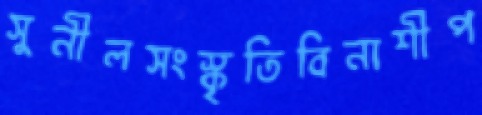
সুনীলসংস্কৃতিবিনাশীপ